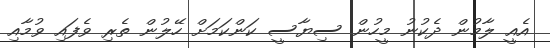
އެއީ ލާމުން ދެކުނު މީހުން ސިޔާސީ ކަންކަމަށް ހޭލުން ތެރި ވެފައި ވުމާއި